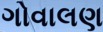
ગોવાલણ